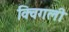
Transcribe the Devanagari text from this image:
क्विगली